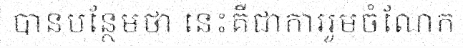
បានបន្ថែមថា នេះគឺជាការរួមចំណែក